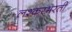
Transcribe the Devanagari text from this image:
लश्करभरती